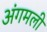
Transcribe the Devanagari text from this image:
अंगमली